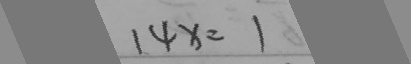
1 4 x = 1